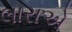
લારાએ